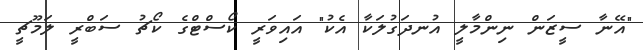
"އޭނާ ސީޒަން ނިންމާލީ އުނދަގުލަކާ އެކު" އައިވަރީ ކޯސްޓްގެ ކޯޗު ސަބްރީ ލަމޫޗީ